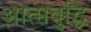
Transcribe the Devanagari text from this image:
आत्मबुद्धि